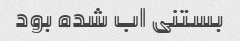
بستنی اب شده بود